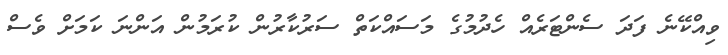
ވިއްކޭނެ ފަދަ ސެންޓަރެއް ހެދުމުގެ މަސައްކަތް ސަރުކާރުން ކުރަމުން އަންނަ ކަމަށް ވެސް